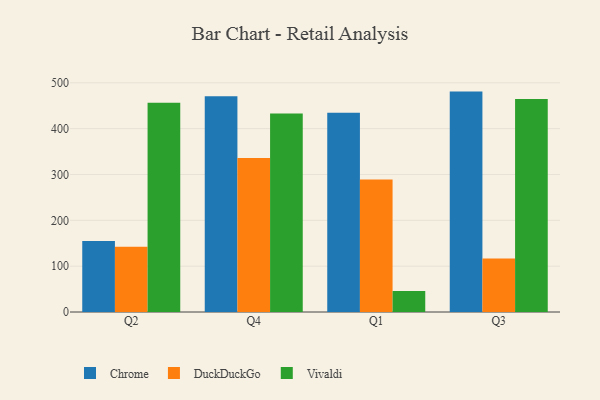
{"axis": {"x": "Quarter", "y": "Website Visitors"}, "legend": ["Chrome", "DuckDuckGo", "Vivaldi"], "data": [{"x": "Q2", "y": 154.9, "type": "Chrome"}, {"x": "Q2", "y": 142.2, "type": "DuckDuckGo"}, {"x": "Q2", "y": 456.7, "type": "Vivaldi"}, {"x": "Q4", "y": 470.5, "type": "Chrome"}, {"x": "Q4", "y": 335.9, "type": "DuckDuckGo"}, {"x": "Q4", "y": 432.8, "type": "Vivaldi"}, {"x": "Q1", "y": 434.8, "type": "Chrome"}, {"x": "Q1", "y": 288.9, "type": "DuckDuckGo"}, {"x": "Q1", "y": 45.8, "type": "Vivaldi"}, {"x": "Q3", "y": 480.8, "type": "Chrome"}, {"x": "Q3", "y": 116.6, "type": "DuckDuckGo"}, {"x": "Q3", "y": 464.6, "type": "Vivaldi"}]}